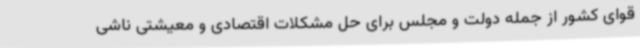
قوای کشور از جمله دولت و مجلس برای حل مشکلات اقتصادی و معیشتی ناشی